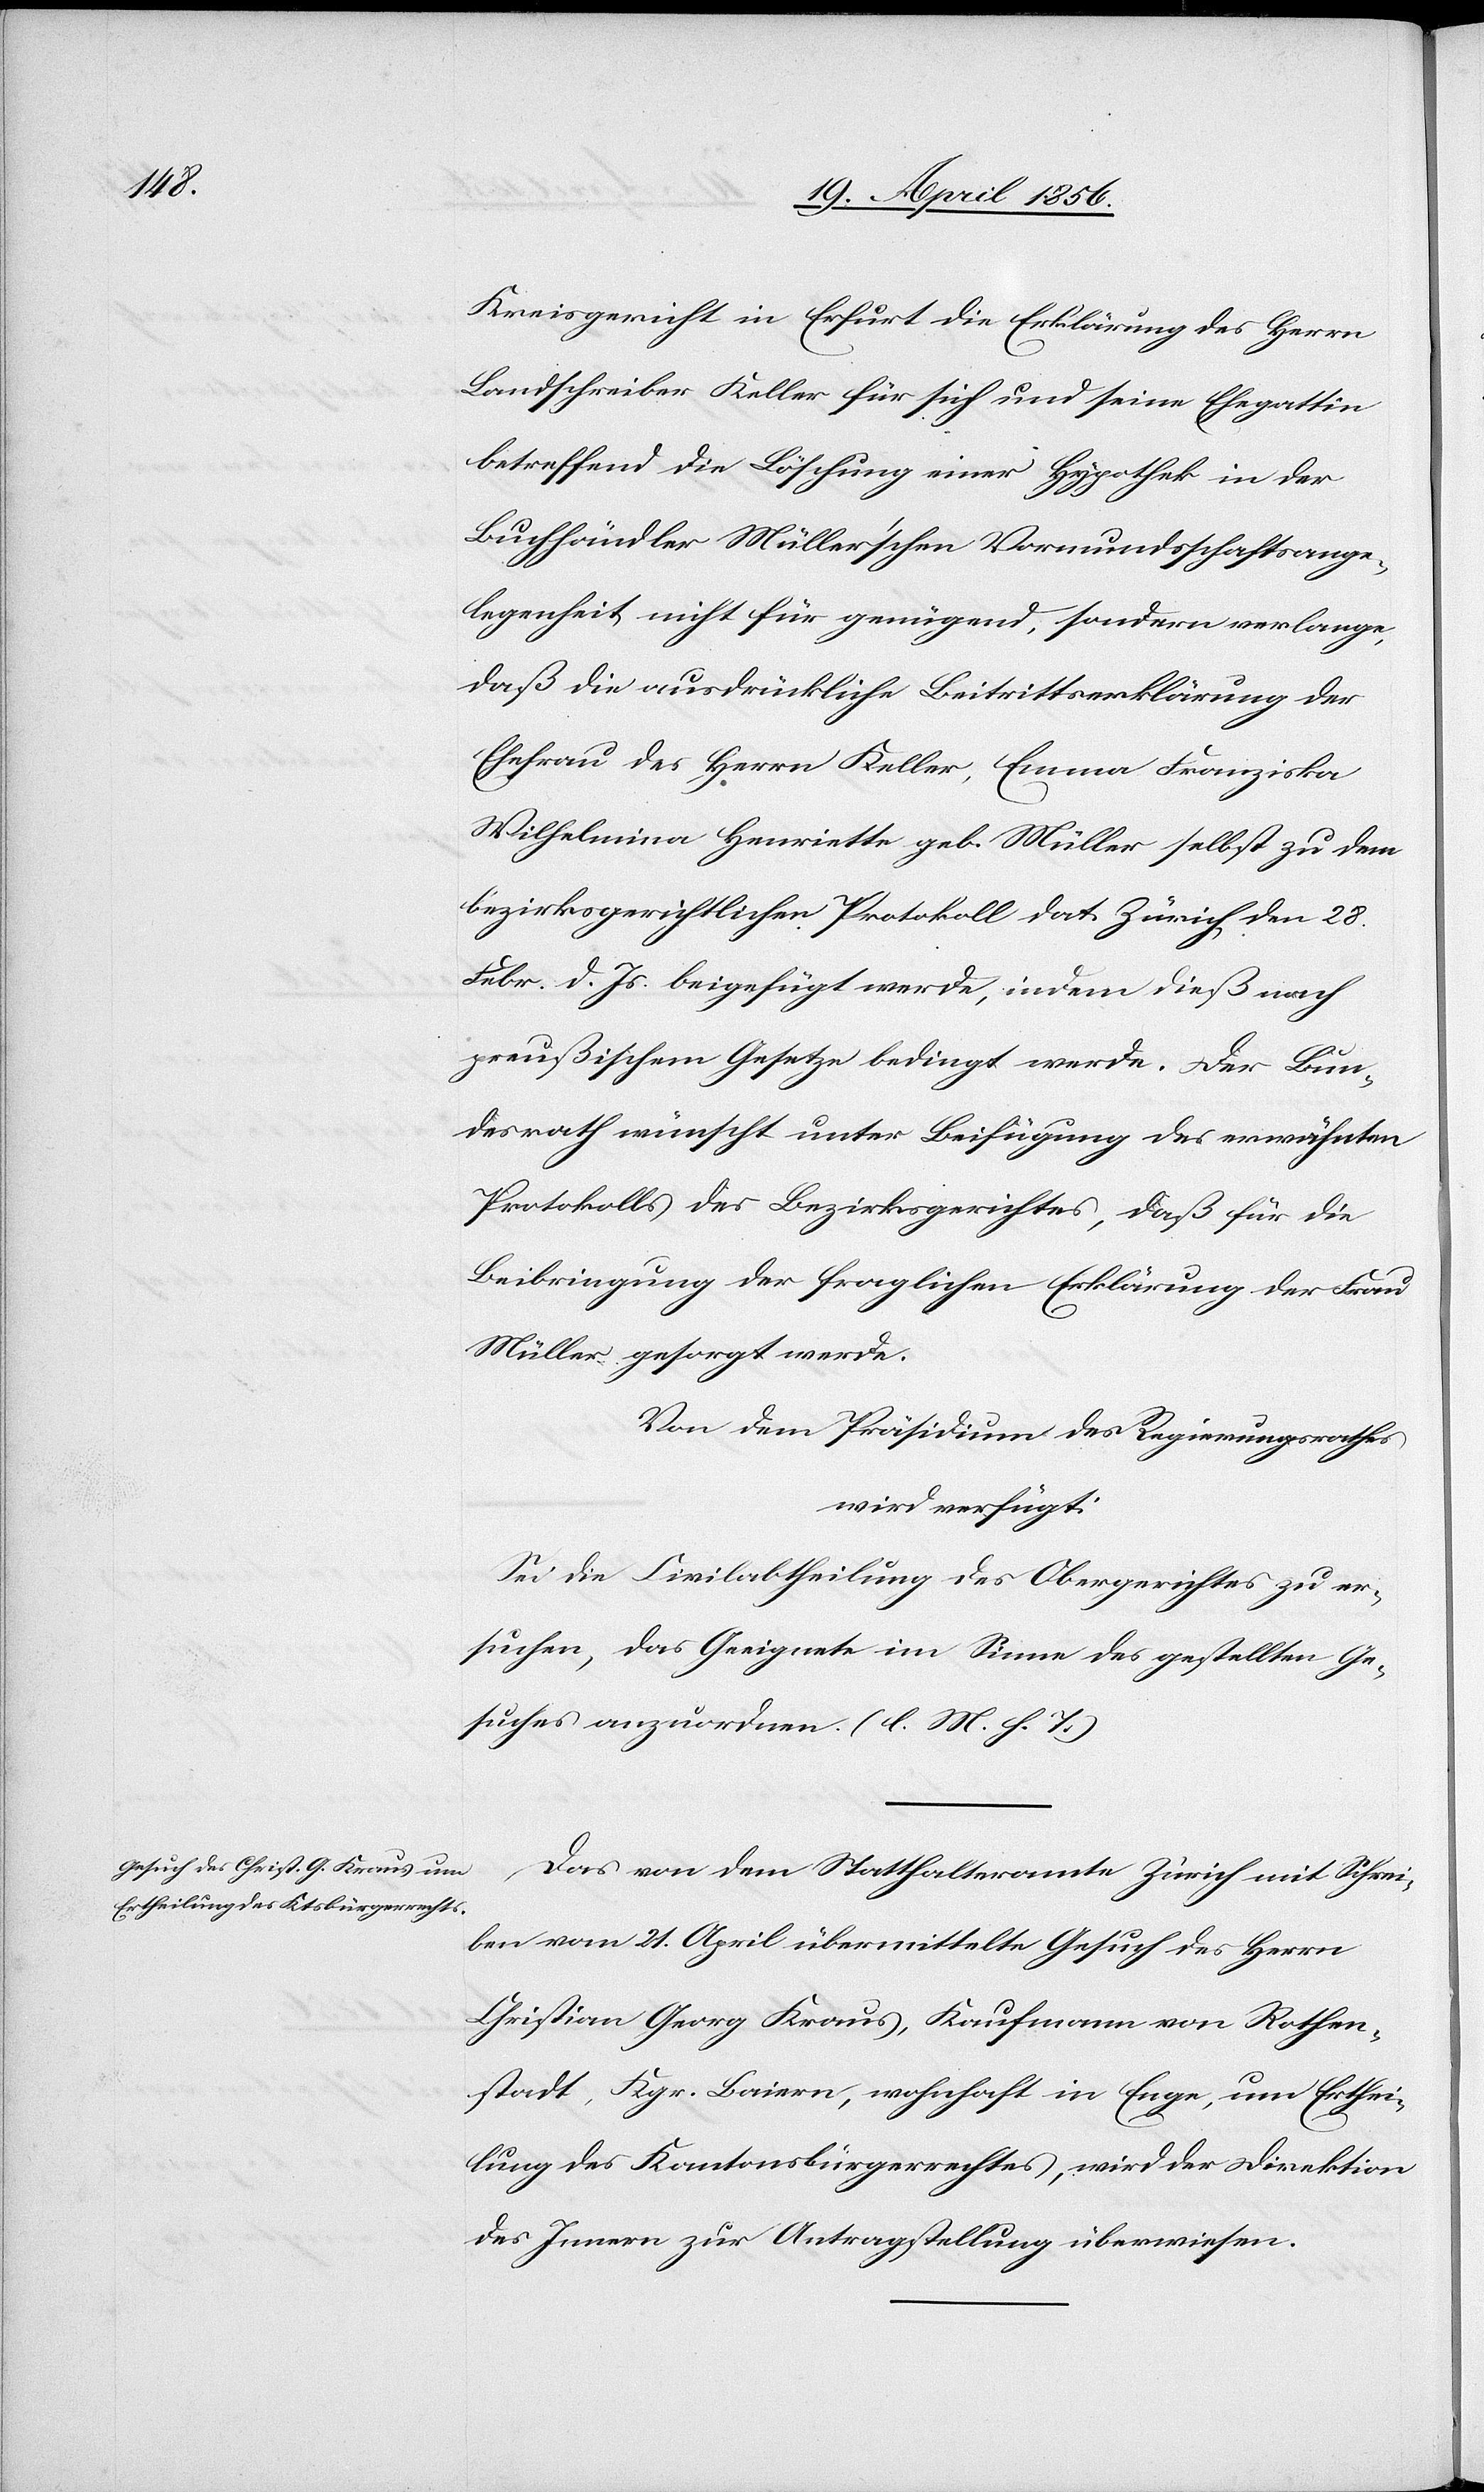
22. April 1856.]¨
Kreisgericht in Erfurt die Erklärung des Herrn
Landschreiber Keller für sich und seine Ehegattin
betreffend die Löschung einer Hypothek in der
Buchhändler Müller’schen Vormundschaftsange¬
legenheit nicht für genügend, sondern verlange,
daß die ausdrückliche Beitrittserklärung der
Ehefrau des Herrn Keller, Emma Franziska
Wilhelmina Henriette geb. Müller selbst zu dem
bezirksgerichtlichen Protokoll dat. Zürich den 28.
Febr. d. Js. beigefügt werde, indem dieß nach
preußischem Gesetze bedingt werde. Der Bun¬
desrath wünscht unter Beifügung des erwähnten
Protokolls des Bezirksgerichtes, daß für die
Beibringung der fraglichen Erklärung der Frau
Müller gesorgt werde.
Von dem Präsidenten des Regierungsrathes
wird verfügt:
Sei die Civilabtheilung des Obergerichtes zu er¬
suchen, das Geeignete im Sinne des gestellten Ge¬
suches anzuordnen. (l. M. h. T.)
Das von dem Statthalteramte Zürich mit Schrei¬
ben vom 21. April übermittelte Gesuch des Herrn
Christian Georg Kraus, Kaufmann von Rothen¬
stadt, Kgr. Baiern, wohnhaft in Enge, um Erthei¬
lung des Kantonsbürgerrechtes, wird der Direktion
des Innern zur Antragstellung überwiesen.